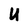
Character: U